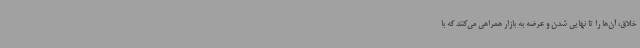
خلاق، آن‌ها را تا نهایی شدن و عرضه به بازار همراهی می‌کنند که با